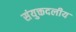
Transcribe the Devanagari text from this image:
संयुक्तदलीय